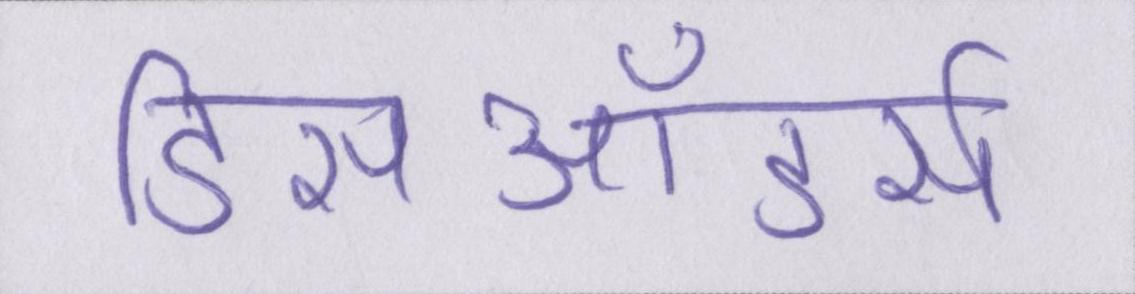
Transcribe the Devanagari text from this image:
डिसऑडर्स